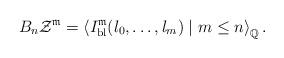
LaTeX: \begin{align*}B_{n}\mathcal{Z}^{\mathfrak{m}}=\left\langle I_{{\rm bl}}^{\mathfrak{m}}(l_{0},\dots,l_{m})\mid m\leq n\right\rangle _{\mathbb{Q}}.\end{align*}